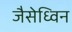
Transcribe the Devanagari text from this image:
जैसेध्विन